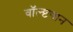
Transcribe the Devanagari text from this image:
वॉल्ष्टषान